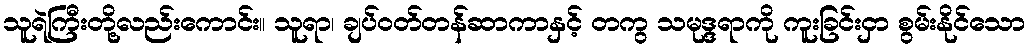
သူရဲကြီးတို့လည်းကောင်း။ သူရာ၊ ချပ်ဝတ်တန်ဆာကာနှင့် တကွ သမုဒ္ဒရာကို ကူးခြင်းငှာ စွမ်းနိုင်သော